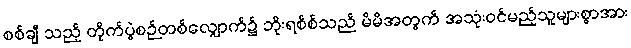
စစ်ချီ သည့် တိုက်ပွဲစဉ်တစ်လျှောက်၌ ဘိုးရစ်စ်သည် မိမိအတွက် အသုံးဝင်မည့်သူများစွာအား